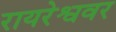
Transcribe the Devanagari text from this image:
रायरेश्ववर